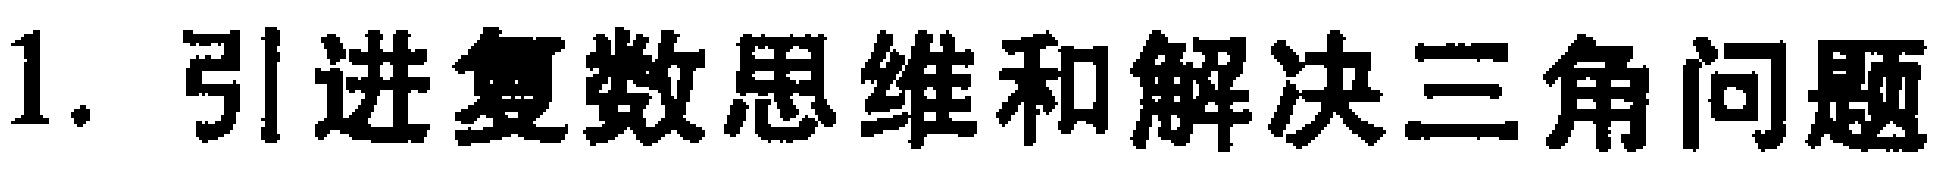
1. 引进复数思维和解决三角问题